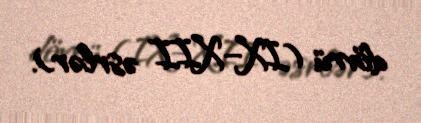
dövrü (IX–XII əsrlər).